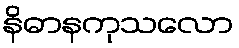
နိဓာနကုသလော